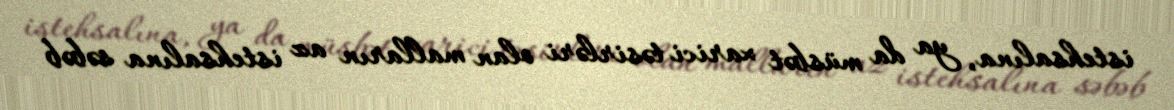
istehsalına, ya da müsbət xarici təsirləri olan malların az istehsalına səbəb